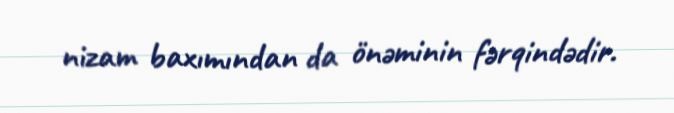
nizam baxımından da önəminin fərqindədir.